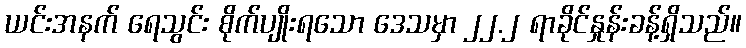
ယင်းအနက် ရေသွင်း စိုက်ပျိုးရသော ဒေသမှာ ၂၂.၂ ရာခိုင်နှုန်းခန့်ရှိသည်။